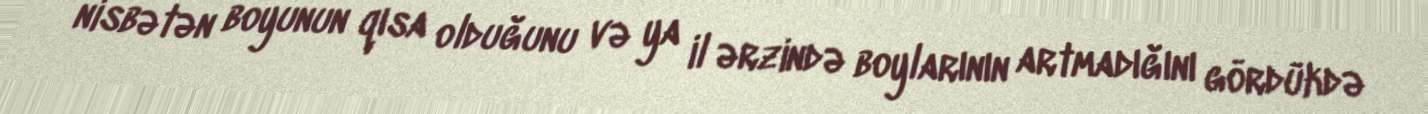
nisbətən boyunun qısa olduğunu və ya il ərzində boylarının artmadığını gördükdə